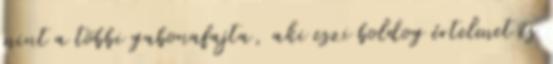
mint a többi gabonafajta, aki eszi boldog értelmet és